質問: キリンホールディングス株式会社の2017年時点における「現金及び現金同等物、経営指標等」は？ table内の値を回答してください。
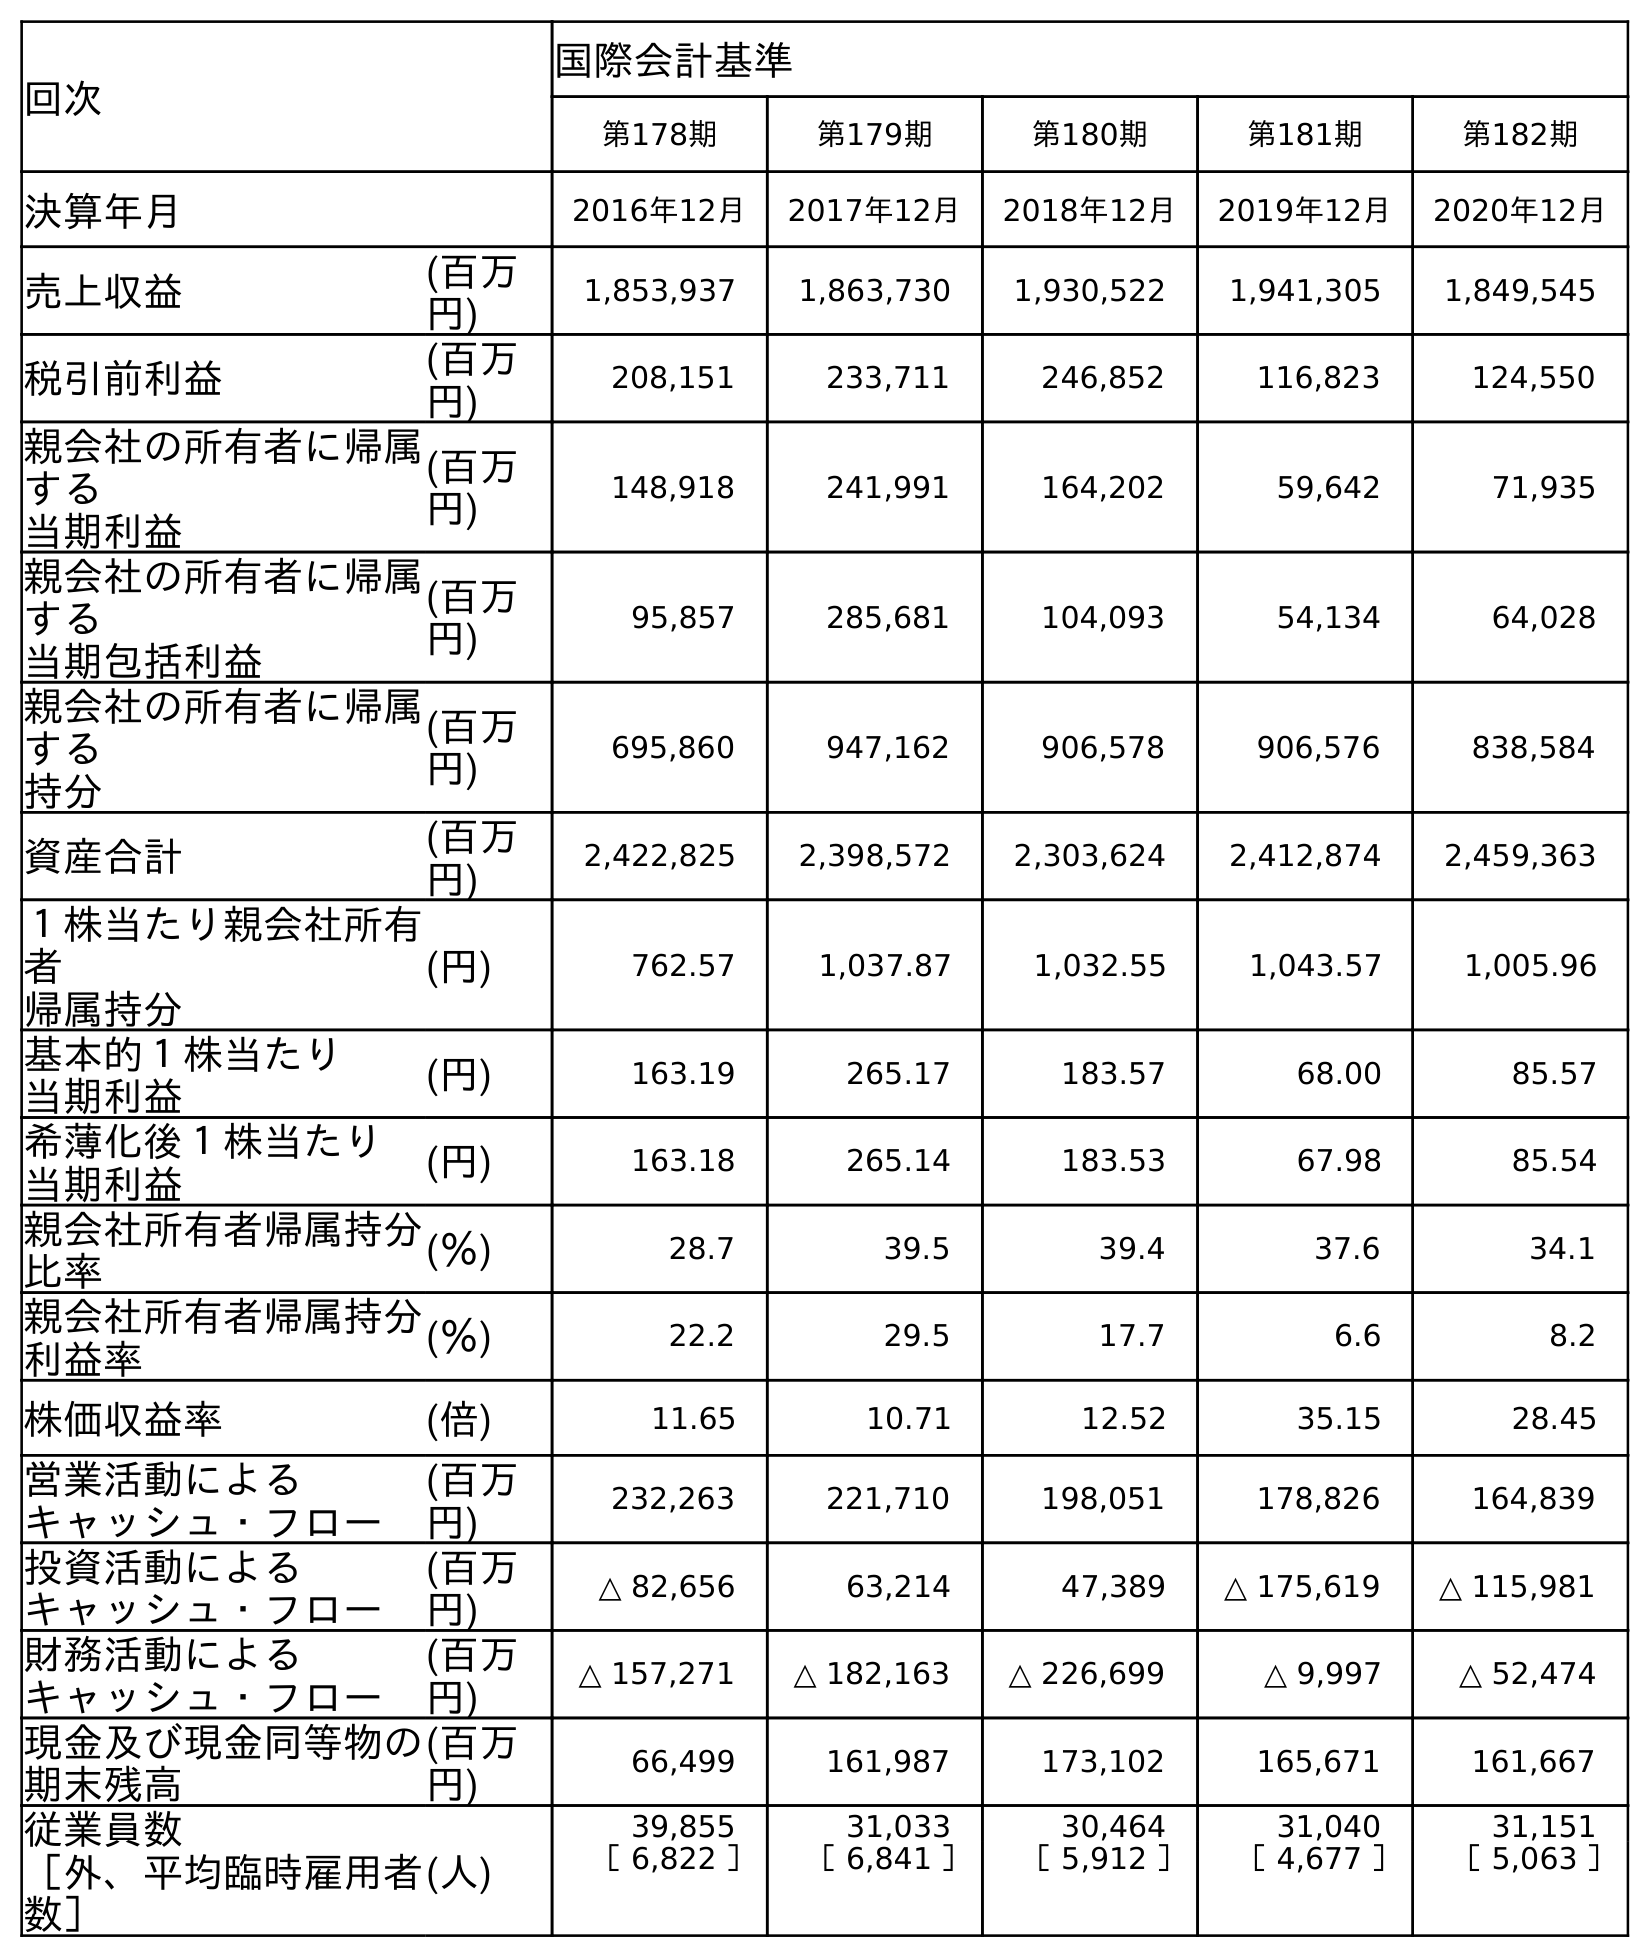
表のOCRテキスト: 回次 国際会計基準 第178期 第179期 第180期 第181期 第182期 決算年月 2016年12月 2017年12月 2018年12月 2019年12月 2020年12月 売上収益 (百万 円) 1,853,937 1,863,730 1,930,522 1,941,305 1,849,545 税引前利益 (百万 円) 208,151 233,711 246,852 116,823 124,550 親会社の所有者に帰属 する 当期利益 (百万 円) 148,918 241,991 164,202 59,642 71,935 親会社の所有者に帰属 する 当期包括利益 (百万 円) 95,857 285,681 104,093 54,134 64,028 親会社の所有者に帰属 する 持分 (百万 円) 695,860 947,162 906,578 906,576 838,584 資産合計 (百万 円) 2,422,825 2,398,572 2,303,624 2,412,874 2,459,363 １株当たり親会社所有 者 帰属持分 (円) 762.57 1,037.87 1,032.55 1,043.57 1,005.96 基本的１株当たり 当期利益 (円) 163.19 265.17 183.57 68.00 85.57 希薄化後１株当たり 当期利益 (円) 163.18 265.14 183.53 67.98 85.54 親会社所有者帰属持分 比率 (％) 28.7 39.5 39.4 37.6 34.1 親会社所有者帰属持分 利益率 (％) 22.2 29.5 17.7 6.6 8.2 株価収益率 (倍) 11.65 10.71 12.52 35.15 28.45 営業活動による キャッシュ・フロー (百万 円) 232,263 221,710 198,051 178,826 164,839 投資活動による キャッシュ・フロー (百万 円) △ 82,656 63,214 47,389 △ 175,619 △ 115,981 財務活動による キャッシュ・フロー (百万 円) △ 157,271 △ 182,163 △ 226,699 △ 9,997 △ 52,474 現金及び現金同等物の 期末残高 (百万 円) 66,499 161,987 173,102 165,671 161,667 従業員数 ［外、平均臨時雇用者 数］ (人) 39,855 31,033 30,464 31,040 31,151 ［ 6,822 ］ ［ 6,841 ］ ［ 5,912 ］ ［ 4,677 ］ ［ 5,063 ］
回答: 161,987